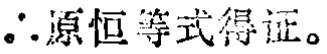
\(\therefore\)原恒等式得证。